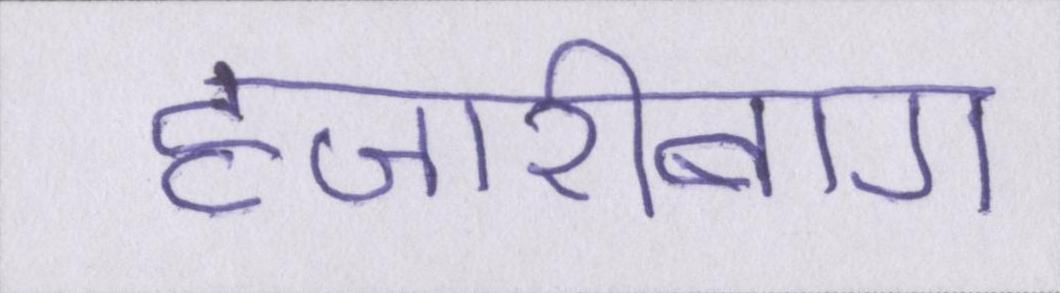
हजारीबाग